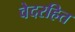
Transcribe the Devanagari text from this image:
वेदरहित